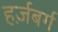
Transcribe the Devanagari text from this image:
हर्ज़बर्ग